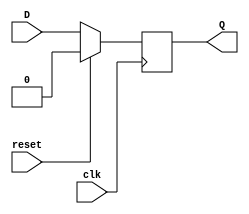
`timescale 1ns / 1ps
//////////////////////////////////////////////////////////////////////////////////
// Company: 
// Engineer: 
// 
// Design Name: 
// Module Name: synchronous_Dff
// Project Name: 
// Target Devices: 
// Tool Versions: 
// Description: 
// 
// Dependencies: 
// 
// Revision:
// Revision 0.01 - File Created
// Additional Comments:
// 
//////////////////////////////////////////////////////////////////////////////////


module synchronous_Dff(D,clk,reset,Q);
input D,clk,reset;
output reg Q;

always @(posedge clk)
begin
    if(reset)
        Q=0;
    else
        Q=D;
end
endmodule